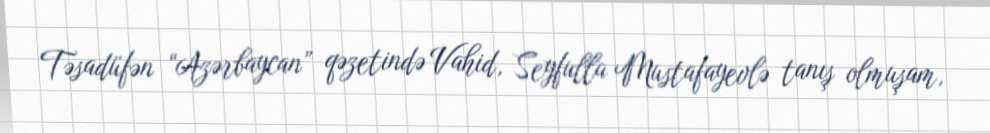
Təsadüfən “Azərbaycan” qəzetində Vahid, Seyfulla Mustafayevlə tanış olmuşam,